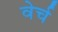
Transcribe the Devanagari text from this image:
वेर्च